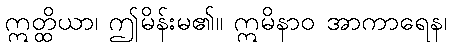
ဣတ္ထိယာ၊ ဤမိန်းမ၏။ ဣမိနာဝ အာကာရေန၊